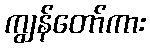
ကျွန်တော်ကား